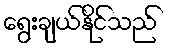
ရွေးချယ်နိုင်သည်